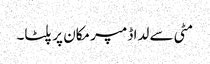
مٹی سے لدا ڈمپر مکان پر پلٹا۔